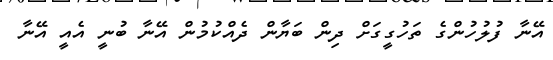
އޭނާ ފުލުހުންގެ ތަހުގީގަށް ދިން ބަޔާން ދެއްކުމުން އޭނާ ބުނީ އެއީ އޭނާ